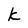
Character: k